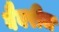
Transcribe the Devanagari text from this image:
बैबरीज